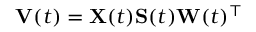
\mathbf { V } ( t ) = \mathbf { X } ( t ) \mathbf { S } ( t ) \mathbf { W } ( t ) ^ { \top }